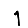
Digit: 1